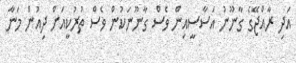
އަދި ރާއްޖޭގެ ގާނޫނު އަސާސީއިން ވެސް ގާނޫނަކުން ވެސް ތުރުކީއަށް ދިއުން މަނާ